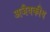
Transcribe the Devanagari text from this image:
अजैवकीय